Lunatic asylums Central Provinces reports 1886-1894 - 1886-1894
Year: 1886
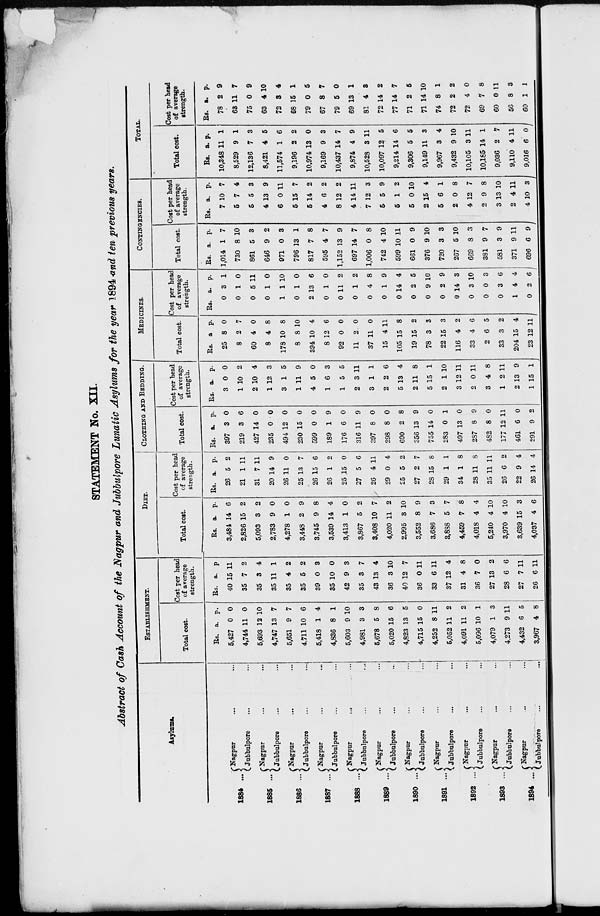
STATEMENT No. XII.
Abstract of Cash Account of the Nagpur and Jubbulpore Lunatic Asylums for the year 1894 and ten previous years.
Asylums.
1884 ...
1885 ...
1886 ...
1887 ...
1888 ...
1889 ...
1890 ...
1891 ...
1892 ...
1893 ...
1894 ...
Nagpur ... ...
Jubbulpore ... ...
Nagpur ... ...
Jubbulpore ... ...
Nagpur ... ...
Jubbulpore ... ...
Nagpur ... ...
Jubbulpore ... ...
Nagpur ... ...
Jubbulpore ... ...
Nagpur ... ...
Jubbulpore ... ...
Nagpur ... ...
Jubbulpore ... ...
Nagpur ... ...
Jubbulpore ... ...
Nagpur ... ...
Jubbulpore ... ...
Nagpur ... ...
Jubbulpore ... ...
Nagpur ... ...
Jubbulpore ... ...
ESTABLISHMENT.
Total cost.
Rs.
5,427
4,744
5,693
4,747
5,651
4,711
5,418
4,836
5,603
4,981
5,678
5,020
4,823
4,715
4,252
5,052
4,091
5,096
4,079
4,273
4,432
3,967
a.
0
11
12
13
9
10
1
8
9
3
5
15
13
15
8
11
11
10
1
9
6
4
p.
0
0
10
7
7
6
4
1
10
3
8
6
5
0
11
2
2
1
3
11
5
8
Cost per head
of average
strength.
Rs.
40
35
35
35
35
35
39
35
42
35
43
36
40
36
33
37
31
36
27
28
27
26
a.
15
7
3
11
4
5
0
10
9
3
13
3
12
0
6
12
4
7
13
6
7
6
p.
11
2
4
1
2
2
3
0
3
7
4
10
7
11
11
4
8
0
2
6
11
11
DIET.
Total cost.
Rs.
3,484
2,826
5,093
2,783
4,278
3,448
3,745
3,539
3,413
3,867
3,408
4,020
2,995
3,552
3,686
3,888
4,459
4,018
5,240
3,970
3,639
4,037
a.
14
15
3
9
1
2
9
14
1
5
10
11
3
8
7
5
7
4
4
4
15
4
p.
6
2
2
0
0
9
8
4
0
2
7
2
10
9
3
7
8
4
10
10
3
6
Cost per head
of average
strength.
Rs.
26
21
31
20
26
25
26
26
25
27
26
29
25
27
28
29
34
28
35
26
22
26
a.
5
1
7
14
11
13
15
1
15
5
4
0
5
2
15
1
1
11
11
6
9
14
p.
2
11
11
9
0
7
6
2
0
6
11
4
2
7
8
1
8
8
11
2
4
4
CLOTHING AND BEDDING.
Total cost.
Rs.
397
219
427
235
494
230
599
189
176
316
397
298
690
356
755
283
497
287
482
177
461
291
a.
3
3
14
0
12
15
0
1
6
11
8
8
2
13
14
0
13
8
8
12
6
9
p.
0
6
0
0
0
0
0
9
0
9
0
0
8
9
0
1
0
9
0
11
0
2
Cost per head
of average
strength.
Rs.
3
1
2
1
3
1
4
1
1
2
3
2
5
2
5
2
3
2
3
1
2
1
a.
0
10
10
12
1
11
5
6
5
3
1
2
13
11
15
1
12
0
4
2
13
15
p.
0
2
4
3
5
9
0
3
5
11
1
6
4
8
1
10
11
11
8
11
9
1
MEDICINES.
Total cost.
Rs.
25
8
60
8
178
8
394
8
92
11
37
15
105
19
78
22
116
33
2
33
204
23
a
8
2
4
4
10
8
10
12
0
2
11
4
15
15
3
15
4
4
6
3
15
12
p.
0
7
0
8
8
10
4
6
0
0
0
11
8
2
3
3
2
6
5
2
4
11
Cost per head
of average
strength.
Rs.
0
0
0
0
1
0
2
0
0
0
0
0
0
0
0
0
0
0
0
0
1
0
a.
3
1
5
1
1
1
13
1
11
1
4
1
14
2
9
2
14
3
0
3
4
2
p.
1
0
11
0
10
0
6
0
2
2
8
9
4
5
10
9
3
10
3
6
4
6
CONTINGENCIES.
Total cost.
Rs.
1,014
730
861
646
971
796
817
595
1,152
697
1,006
742
599
661
376
720
267
669
381
581
371
696
a.
1
8
5
9
0
13
7
4
13
14
0
4
10
0
9
3
5
8
9
3
9
6
p.
7
10
3
2
3
1
8
7
9
7
8
10
11
9
10
3
10
3
7
9
11
9
Coat per head
of average
strength.
Rs.
7
5
5
4
6
5
5
4
8
4
7
5
5
5
2
5
2
4
2
3
2
4
a.
10
7
5
13
0
15
14
6
12
14
12
5
1
0
15
6
0
12
9
13
4
10
p.
7
4
3
9
11
7
2
2
2
11
3
9
2
10
4
1
8
7
8
10
11
3
TOTAL.
Total cost.
Rs.
10,348
8,529
12,136
8,421
11,574
9,196
10,974
9,169
10,437
9,874
10,528
10,097
9,214
9,306
9,149
9,967
9,432
10,105
10,185
9,036
9,110
9,016
a.
11
9
7
4
1
2
13
9
14
4
3
12
14
5
11
3
9
3
14
2
4
6
p.
1
1
3
5
6
2
0
3
7
9
11
5
6
5
3
4
10
11
1
7
11
0
Cost per head
of average
strength.
Rs.
78
63
75
63
72
68
79
67
79
69
81
72
77
71
71
74
72
72
69
60
56
60
a.
2
11
0
4
3
15
0
8
5
13
4
14
14
2
14
8
2
4
7
0
8
1
p.
9
7
9
10
4
1
5
7
0
1
3
2
7
5
10
1
2
0
8
11
3
1